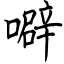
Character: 噼